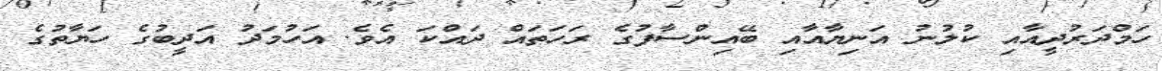
ހަމްދަރުދީއާއި ކުލުނު އަނިޔާއާއި ބޭއިންސާފުގެ ރަހަތައް ދައްކަ އެވެ. އަހުމަދު އަދީބުގެ ހަޔާތުގެ